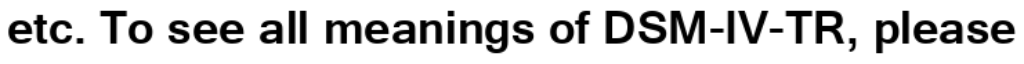
etc. To see all meanings of DSM-IV-TR, please